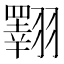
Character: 𦒡